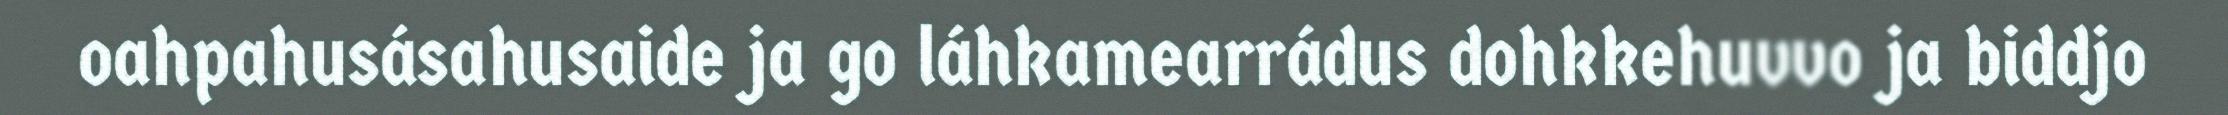
oahpahusásahusaide ja go láhkamearrádus dohkkehuvvo ja biddjo